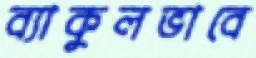
ব্যাকুলভাবে